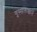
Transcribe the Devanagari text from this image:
गुस्सलखानें